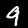
Label: 9